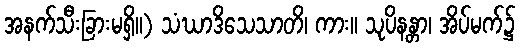
အနက်သီးခြားမရှိ။) သံဃာဒိသေသာတိ၊ ကား။ သုပိနန္တာ၊ အိပ်မက်၌